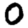
Digit: 0